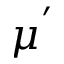
\mu ^ { ' }